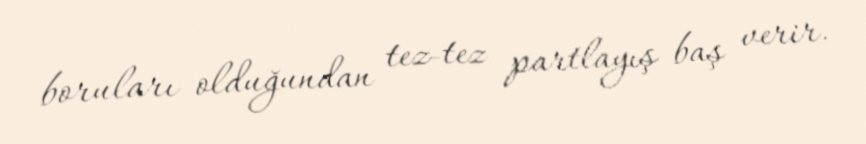
boruları olduğundan tez-tez partlayış baş verir.